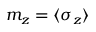
m _ { z } = { \langle { \sigma _ { z } } \rangle }